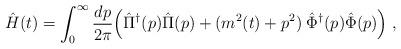
LaTeX: \begin{align*}\hat H (t) = \int_0^{\infty} {dp \over 2\pi}\Big( \hat{\Pi}^{\dagger}(p)\hat{\Pi}(p)+(m^2(t)+p^2)\; \hat{\Phi}^{\dagger}(p) \hat{\Phi}(p) \Big)\;,\end{align*}